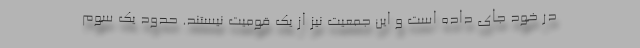
در خود جای داده است و این جمعیت نیز از یک قومیت نیستند. حدود یک سوم